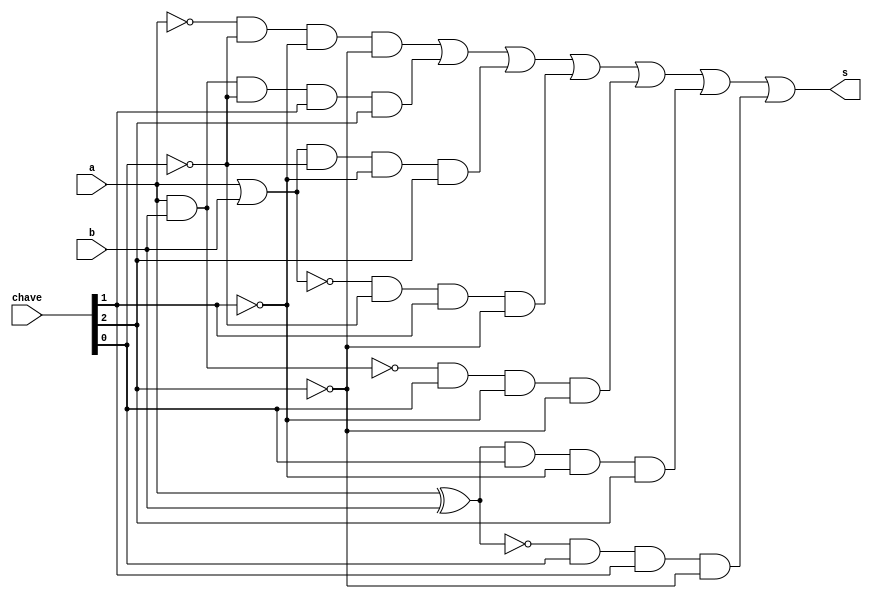
// -------------------------
// Exemplo0035 - F4 
// Nome: Rodr1go Arruda de Assis  
// ------------------------- 

// ------------------------- 
// f4_gate 
// ------------------------- 
module f4 (output  s, 
	input  a, 
	input  b, 
	input	[2:0] chave); 

// descrever por portas
	wire s_and;
	wire s_or;
	wire s_or2;
	wire s_nor;
	wire s_nand;	
	wire s_xor;
	wire s_xnor;
	wire s_not;
	wire s_and2;
	wire s_and3;
	wire s_and4;
	wire s_and5;
	wire s_and6;
	wire s_and7;
	wire s_and8;
	
	
	not NOT1(s_not, a);

	or OR1(s_or, a, b);
	
	and AND1(s_and, a, b);
			
	nor NOR1(s_nor, a, b);
	
	nand NAND1(s_nand, a, b);
		
	xor XOR1(s_xor, a, b);
		
	xnor XNOR1(s_xnor, a, b);
	
	
	and AND2(s_and2, s_not, ~chave[0], ~chave[1], ~chave[2]); 			
	and AND3(s_and3, s_and, ~chave[0], chave[1], chave[2]);
	and AND4(s_and4, s_or, ~chave[0], ~chave[1], chave[2]);
	and AND5(s_and5, s_nor, ~chave[0], chave[1], ~chave[2]);
	and AND6(s_and6, s_nand, chave[0], ~chave[1], ~chave[2]); 
	and AND7(s_and7, s_xor, chave[0], ~chave[1], chave[2]); 
	and AND8(s_and8, s_xnor, chave[0], chave[1], ~chave[2]); 
	
	
			
	or OR2(s, s_and2, s_and3, s_and4, s_and5, s_and6, s_and7, s_and8);
	
	 
	endmodule // f4 
	module test_f4; 

// ------------------------- definir dados 
	reg  x; 
	reg  y;
	reg [2:0] ch;
	wire  z; 
	f4 modulo (z, x, y, ch); 

// ------------------------- parte principal 
	initial begin 
	$display("Exemplo0035 - Rodrigo Arruda de Assis - 427460"); 
	$display("Test LU's module");
	$display("Legenda da chave: 00-OR 01-NOR 10-XOR  11-XNOR  \n"); 
		
	#1 ch = 0; x = 0;   y = 0;

// projetar testes do modulo 
	 $monitor("Chave = %1b\t x = %2b \t y = %2b\t  saida = %2b\n",ch,x,y,z);
	 
	 #1 ch = 0; x = 1; y = 1;
	 #1 ch = 0; x = 0; y = 1;
	 #1 ch = 0; x = 1; y = 0;
	 #1 ch = 1; x = 0; y = 0;
	 #1 ch = 1; x = 1; y = 1;
	 #1 ch = 1; x = 0; y = 1;
	 #1 ch = 1; x = 1; y = 0;
	 
end 
endmodule // test_f4 

// OBS.: QUANDO USAR DESCRICOES POR PORTAS, USAR APENAS PORTAS. EVITAR OPERADORES (~).